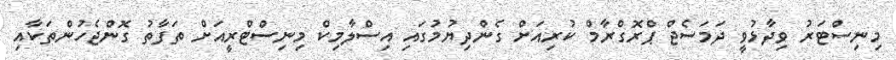
މިނިސްޓަރު ވިދާޅުވީ ދަމަސެޖް ޕްރޮގްރާމް ކުރިއަށް ގެންދިޔުމުގައި އިސްލާމިކް މިނިސްޓްރީއަށް ތަފާތު ގޮންޖެހުންތަކާއި